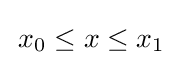
{\textstyle \,x_{0}\leq x\leq x_{1}}